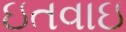
ઇતવાઇ